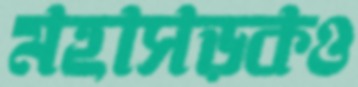
মহাসড়কও